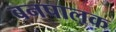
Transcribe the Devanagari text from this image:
बनपालक